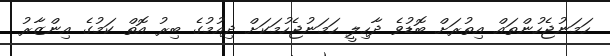
ހަމަނުޖެހުންތައް އިތުރަށް ބޮޑުވެ ދާހިލީ ހަމަނުޖެހުމަކަށް ދިއުމުގެ ބިރު އޮތް ކަމުގެ އިންޒާރު